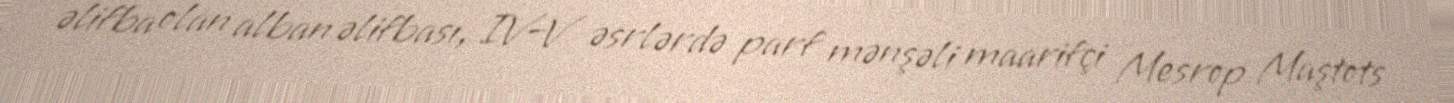
əlifba olan alban əlifbası, IV–V əsrlərdə parf mənşəli maarifçi Mesrop Maştots